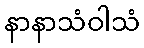
နာနာသံဝါသံ